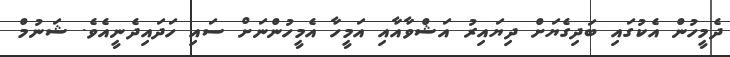
ދެމީހުން އެކުގައި ބަދިގެޔަށް ދިޔައިރު އަޝްވާއާއި އަމީހާ އެމީހުންނަށް ސައި ހަދައިދެނީއެވެ. ޝަނުމް